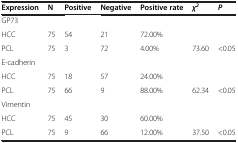
| Expression | N | Positive | Negative | Positive rate | χ2 | P |
 | --- | --- | --- | --- | --- | --- | --- |
 | <COLSPAN=7> GP73 |
 | HCC | 75 | 54 | 21 | 72.00% |  |  |
 | PCL | 75 | 3 | 72 | 4.00% | 73.60 | <0.05 |
 | <COLSPAN=7> E-cadherin |
 | HCC | 75 | 18 | 57 | 24.00% |  |  |
 | PCL | 75 | 66 | 9 | 88.00% | 62.34 | <0.05 |
 | <COLSPAN=7> Vimentin |
 | HCC | 75 | 45 | 30 | 60.00% |  |  |
 | PCL | 75 | 9 | 66 | 12.00% | 37.50 | <0.05 |